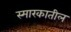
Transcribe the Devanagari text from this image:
स्मारकातील